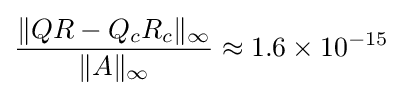
{\frac {\|QR-Q_{c}R_{c}\|_{\infty }}{\|A\|_{\infty }}}\approx 1.6\times 10^{-15}